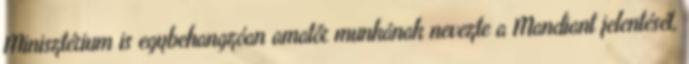
Minisztérium is egybehangzóan amatőr munkának nevezte a Mandiant jelentését,